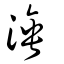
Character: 涶